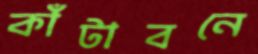
কাঁটাবনে